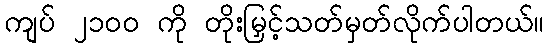
ကျပ် ၂၁၀၀ ကို တိုးမြှင့်သတ်မှတ်လိုက်ပါတယ်။